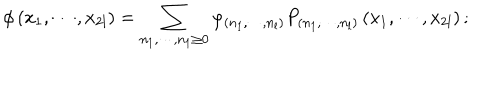
\phi \left( x _ { 1 } , \cdots , x _ { 2 l } \right) = \sum _ { n _ { 1 } , \cdots , n _ { 1 } \geq 0 } \varphi _ { \left( n _ { 1 } , \cdots , n _ { l } \right) } P _ { \left( n _ { 1 } , \cdots , n _ { l } \right) } \left( x _ { 1 } , \cdots , x _ { 2 l } \right) ;